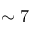
\sim 7